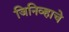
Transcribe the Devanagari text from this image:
जिनिव्हाचे